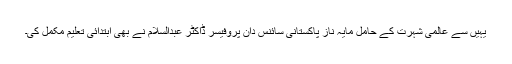
یہیں سے عالمی شہرت کے حامل مایہ ناز پاکستانی سائنس دان پروفیسر ڈاکٹر عبدالسلام نے بھی ابتدائی تعلیم مکمل کی۔